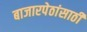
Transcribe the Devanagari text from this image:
बाजारपेठांसाठी